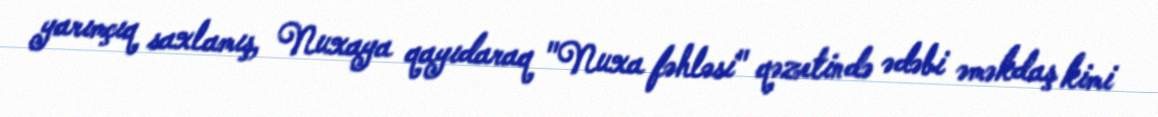
yarımçıq saxlamış, Nuxaya qayıdaraq "Nuxa fəhləsi" qəzetində ədəbi əməkdaş kimi